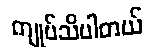
ကျုပ်သိပါတယ်